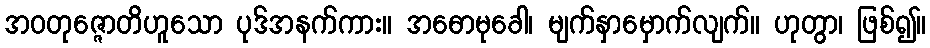
အဝတုဇ္ဇောတိဟူသော ပုဒ်အနက်ကား။ အဓောမုခေါ၊ မျက်နှာမှောက်လျက်။ ဟုတွာ၊ ဖြစ်၍။